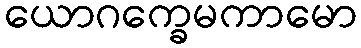
ယောဂက္ခေမကာမော